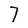
Character: 7